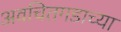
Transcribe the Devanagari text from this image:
अवचितगडाच्या